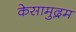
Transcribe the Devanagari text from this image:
केसामुद्रम